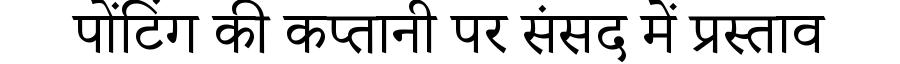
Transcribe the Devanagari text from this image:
पोंटिंग की कप्तानी पर संसद में प्रस्ताव